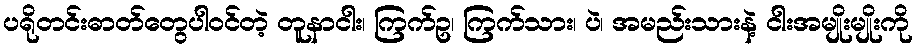
ပရိုတင်းဓာတ်တွေပါဝင်တဲ့ တူနာငါး၊ ကြက်ဥ၊ ကြက်သား၊ ပဲ၊ အမည်းသားနဲ့ ငါးအမျိုးမျိုးကို